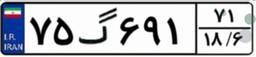
۷۵گ۶۹۱۷۱